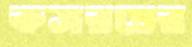
কসরতের